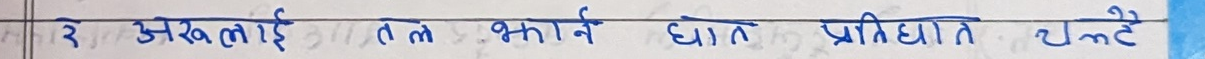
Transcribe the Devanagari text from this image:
रे अखिलाइ ले भाक्ने घाम प्रतिघात चल्दै